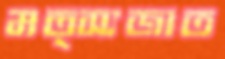
মত্স্যজাত